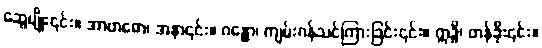
ဆွေမျိုး၎င်း။ အာဗာဓော၊ အနာ၎င်း။ ဂန္ထော၊ ကျမ်းဂန်သင်ကြားခြင်း၎င်း။ ဣဒ္ဓိ၊ တန်ခိုး၎င်း။